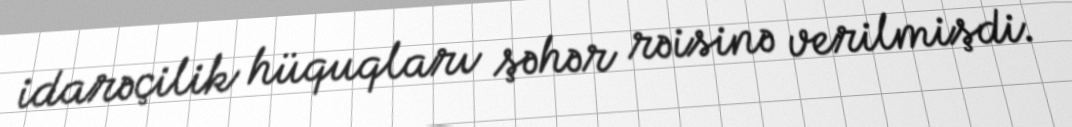
idarəçilik hüquqları şəhər rəisinə verilmişdi.